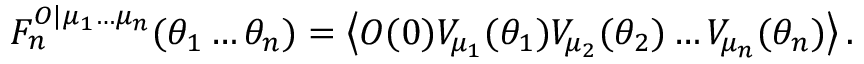
F _ { n } ^ { { \cal O } | \mu _ { 1 } \ldots \mu _ { n } } ( \theta _ { 1 } \ldots \theta _ { n } ) = \left\langle { \cal O } ( 0 ) V _ { \mu _ { 1 } } ( \theta _ { 1 } ) V _ { \mu _ { 2 } } ( \theta _ { 2 } ) \ldots V _ { \mu _ { n } } ( \theta _ { n } ) \right\rangle .